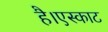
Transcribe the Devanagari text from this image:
है।एस्काट